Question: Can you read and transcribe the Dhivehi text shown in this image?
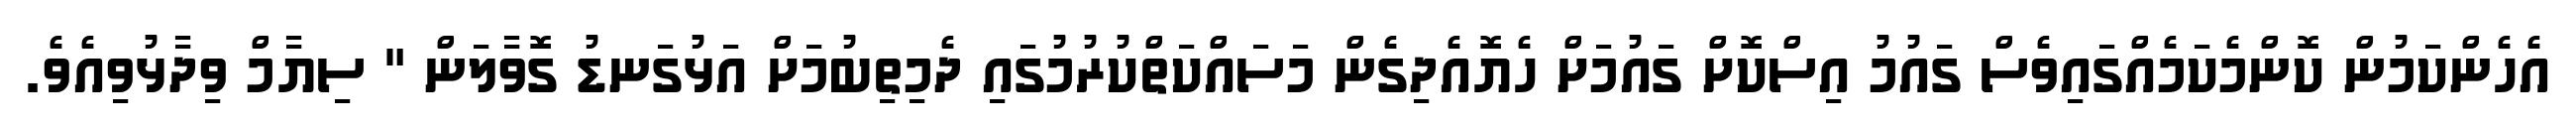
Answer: އެހެންކަމުން ކޮންމެކަމެއްގައިވެސް ގައުމު އިސްކޮށް ގައުމަށް ހެޔޮއެދިގެން މަސައްކަތްކުރުމުގައި ދެމިތިބުމަށް އަޅުގަނޑު ގޮވާލަން " ސިޔާމް ވިދާޅުވިއެވެ.